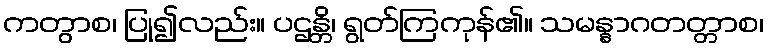
ကတွာစ၊ ပြု၍လည်း။ ပဌန္တိ၊ ရွတ်ကြကုန်၏။ သမန္နာဂတတ္တာစ၊